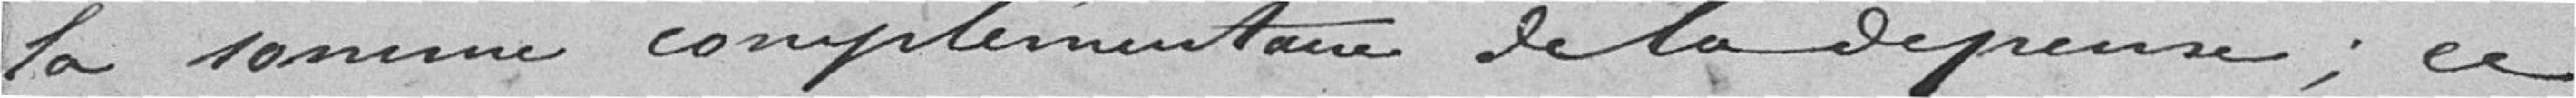
la somme complémentaire de la dépense ; ce